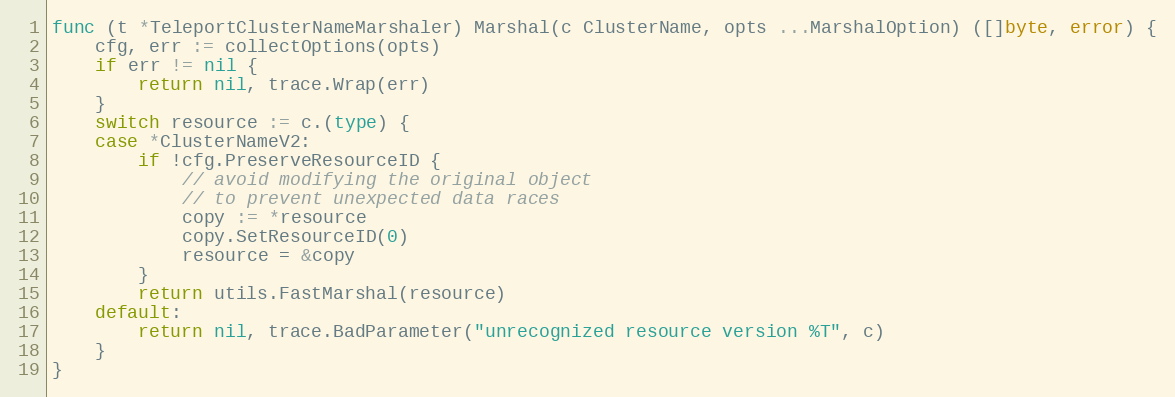
Language: Go
func (t *TeleportClusterNameMarshaler) Marshal(c ClusterName, opts ...MarshalOption) ([]byte, error) {
	cfg, err := collectOptions(opts)
	if err != nil {
		return nil, trace.Wrap(err)
	}
	switch resource := c.(type) {
	case *ClusterNameV2:
		if !cfg.PreserveResourceID {
			// avoid modifying the original object
			// to prevent unexpected data races
			copy := *resource
			copy.SetResourceID(0)
			resource = &copy
		}
		return utils.FastMarshal(resource)
	default:
		return nil, trace.BadParameter("unrecognized resource version %T", c)
	}
}